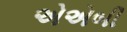
એએબી